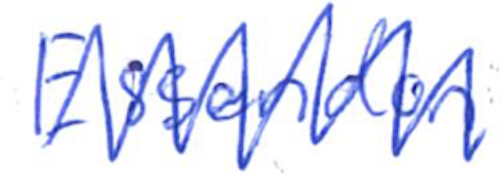
Text: Essendon
Cross-out: zig-zag
Writing tool: ballpoint